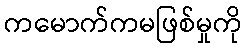
ကမောက်ကမဖြစ်မှုကို